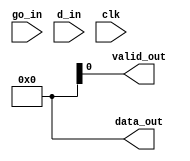
/* Author: Mayank Parasar */

module Q1( go_in, d_in, clk, valid_out, data_out );


input wire go_in;
input wire [7:0] d_in;
input wire clk;
output reg valid_out;
output reg [10:0] data_out = 11'b00000000000;


reg [10:0] sum_sig = 11'b0;
reg done_sig = 0;
reg [1:0]i_sig = 2'b00;
reg [1:0]i_reg = 2'b11;
reg [10:0]sum_reg = 11'b0;
reg PS = 0;
reg NS = 0;


always @(posedge clk)
begin
	PS <=NS;
	i_reg <= i_sig;
	// $display("PS: %b", PS);
	// $display("i_sig: %b, i_reg: %b", i_sig, i_reg);
end


always @(*) // check if this is the right way to code up the diagram
begin
		
	
	case(PS)
		2'b0: 
		begin
			if (go_in == 0) 
			begin
				NS = PS;
				i_sig = i_reg;
			end
			else 
			begin
				NS = 2'b01;	
			end
		end
		2'b1: 
		begin
			sum_sig = sum_reg + d_in;
			i_sig = i_reg - 1;
			if (i_reg == 0) 
			begin
				NS = 2'b00;
				done_sig = 1;	
			end
			else 
			begin
				NS = PS;	
			end
		end
		default: 
		begin
			done_sig = 0;
			sum_sig= 0;
			// i_sig = i_reg;
			NS = 0;			
		end

	endcase
end

endmodule